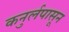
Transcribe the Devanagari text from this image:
कनुर्लपासून